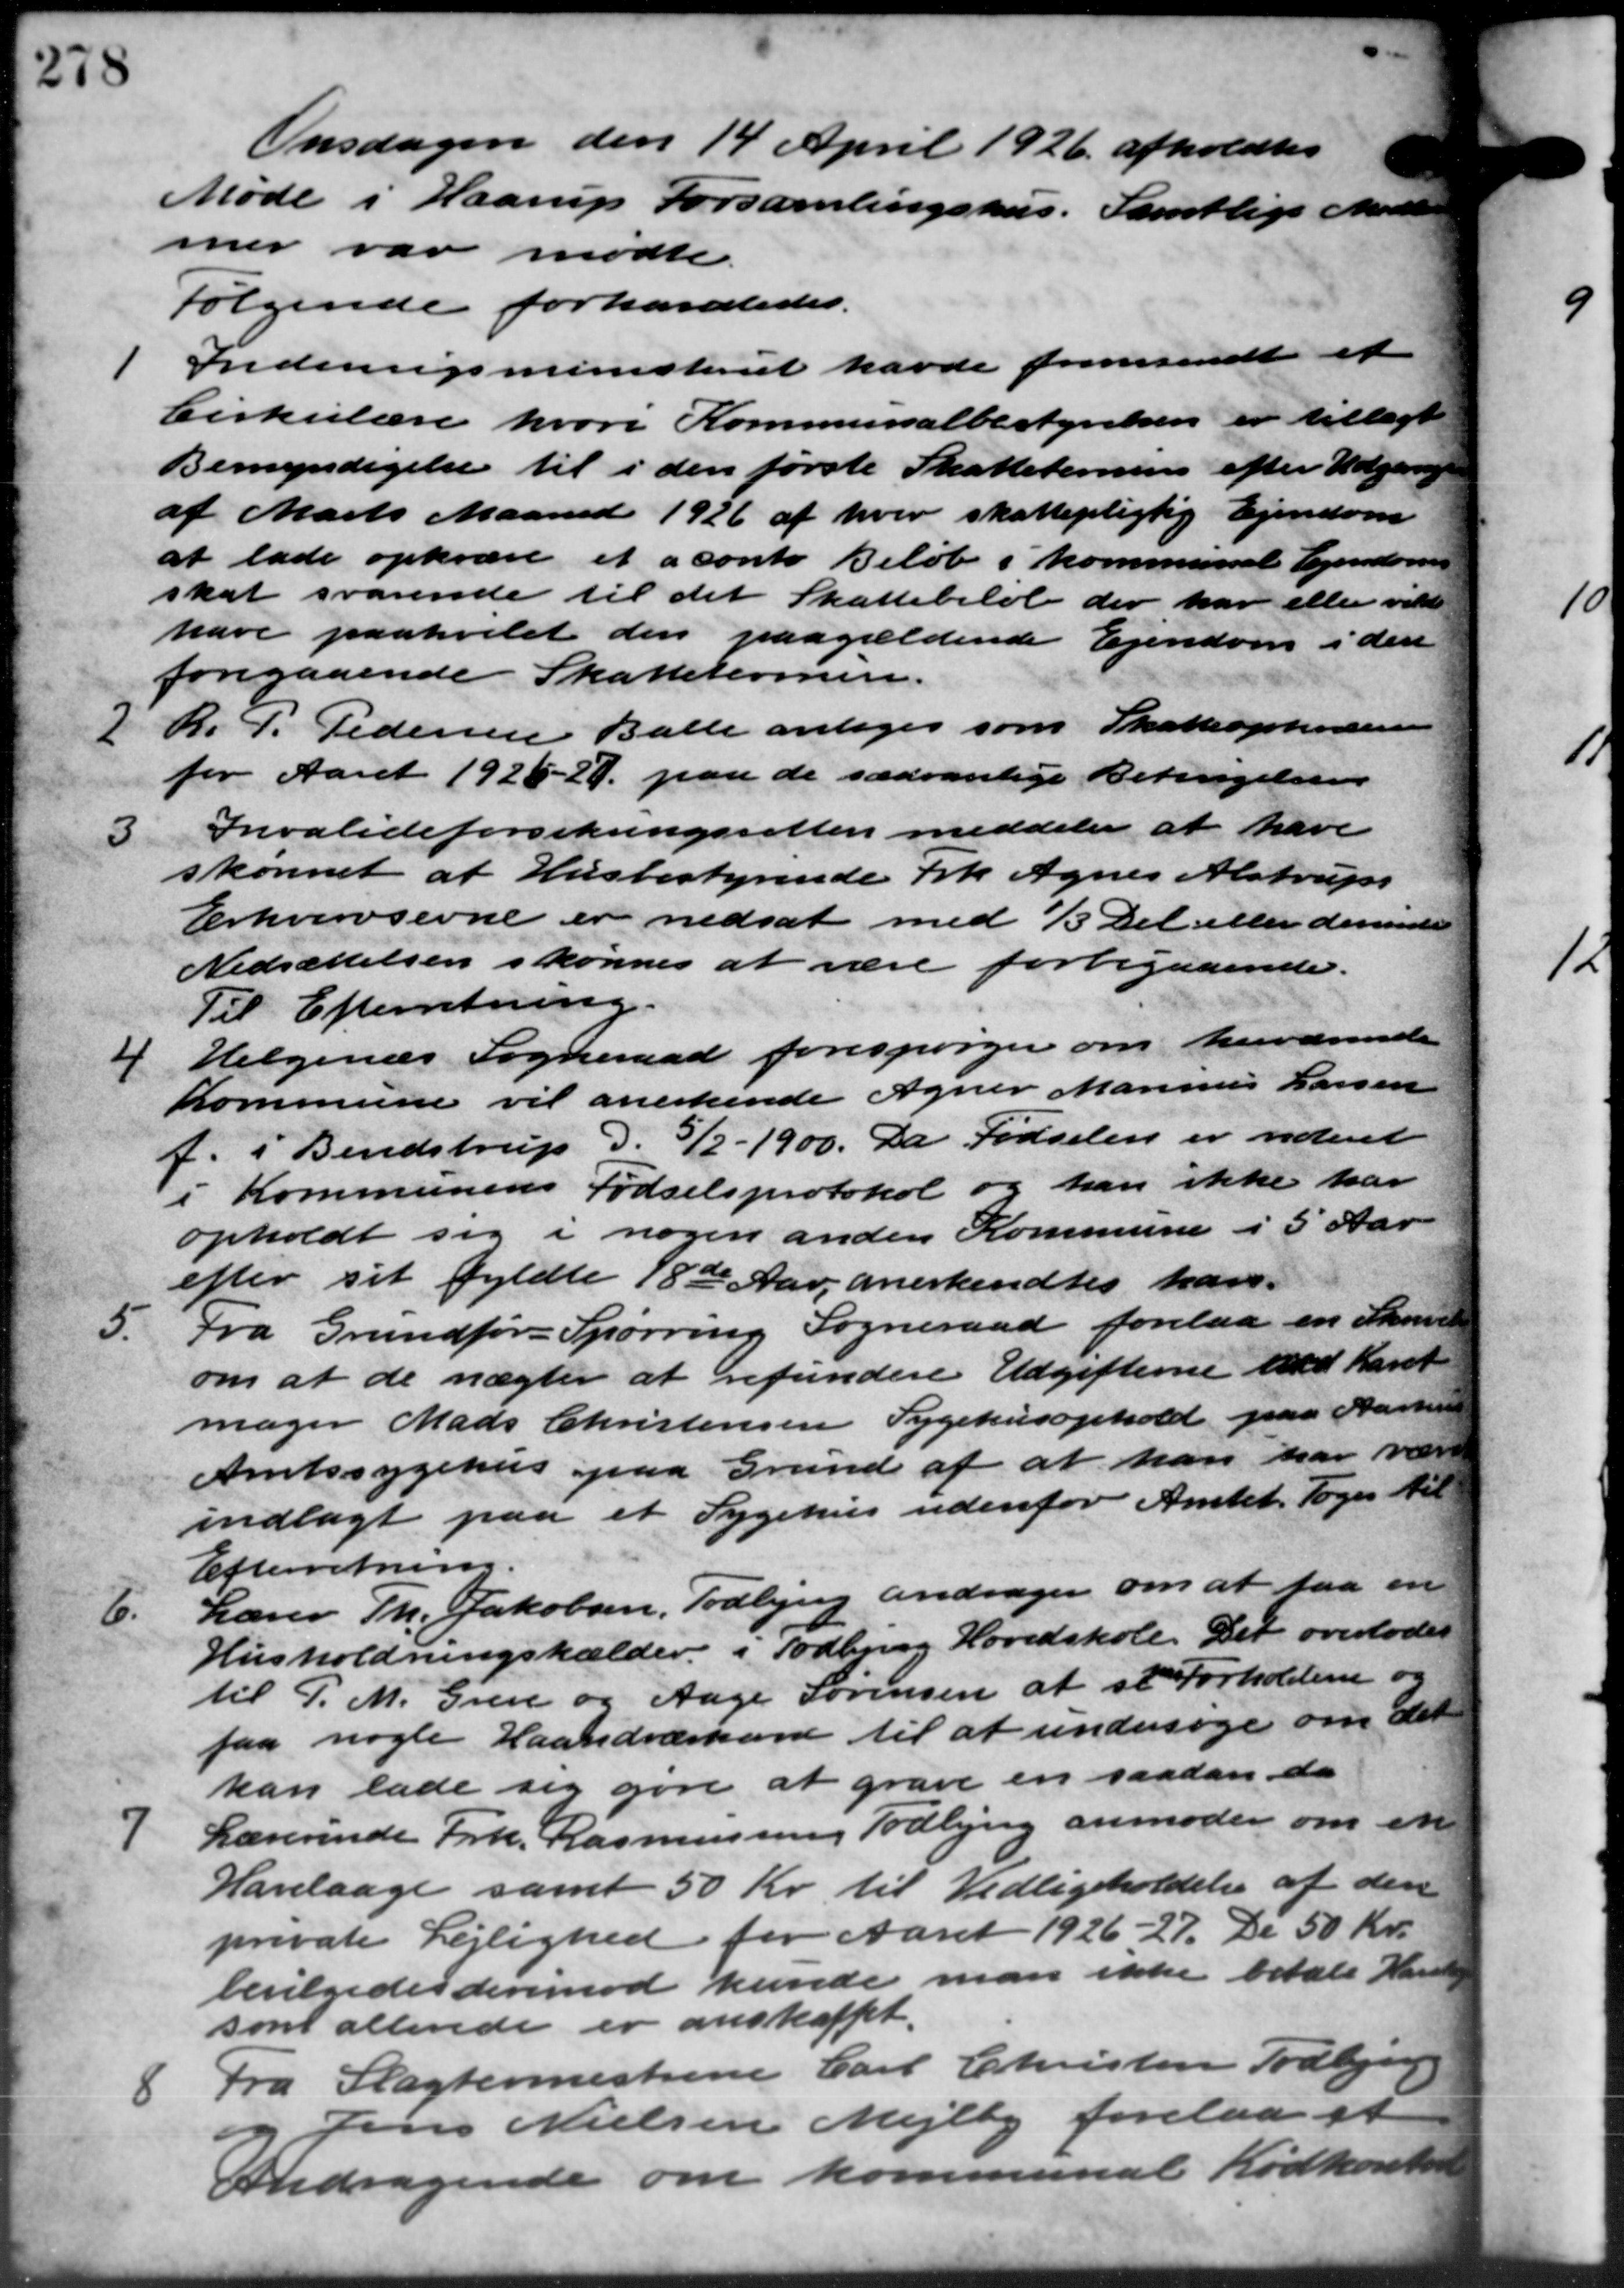
Transskription:
Onsdagen den 14 April 1926 afholdtes
Møde i Haarup Forsamlingshus. Samtlige Medle
mer var mødte
Følgende forhandledes.
Indenrigsministeriet havde fremsendtes et
Indenrigsministeriet havde fremsendtes et
Cirkulære hvori Kommunalbestyrelsen er tillagt
Bemyndigelse til i den første Skattederins efter Udgange
af Marts Maaned 1926 af hver skattepligtig Ejendom
at lade opkræve et a conte Beløb i kommunale Ejendoms
skat svarende til det Skattebeløb der har eller vilde
have paahvilet den paagældende Ejendom i den
foregaaende Skattelonen.

R. P. Pedersen Balle antages som Skatteopkrævere
for Aaret 1926-29 paa de sædvanlige Betingelsen
3
Invalideforsikringsretten meddeler at have
skønnet af Husbestyrende Frk. Agnes Alstrups
Erhvervsevne er nedsat med 1/3 Det eller derunder
Nedsættelsen skønnes at være forbigaaende.
Til Efterretning.
4 Helgenæs Sogneraad forespørger om herværende
4 Helgenæs Sogneraad forespørger om herværende
Kommune vil anerkende Agner Marinus Larsen
f. i Bendstrup d. 3/2 – 1900. Da Fødselen er videret
i Kommunens Fødselsprotokol og han ikke har
opholdt sig i nogen anden Kommune i 5 Aar
efter sit fyldte 18de Aar, anerkendtes hav-
5.
Fra Grundfør-Spørring Sogneraad forelaa en Skrivelse
om at de nægter at refundere Udgifterne ved Karet
mager Mads Christensen Sygehusophold paa Aarhus
Amtssygehus paa Grund af at han har være
indlagt paa et Sygehus udenfor Amtet. Toges til
Efterretning.
6.
Lærer Th. Jakobsen, Todbjerg andrager om at faa en
Husholdningskælder i Todbjerg Hovedskole. Det overlodes
til P. M. Greve og Aage Sørensen at se Forholdene og
faa nogle Haandværkard til at undersøge om det
kan lade sig gøre at grave en saadan da
7
Lærerinde Frk. Rasmussen, Todbjerg anmoder om en
Hanelaage samt 50 Kr. til Vedligeholdelse af den
private Lejlighed for Aaret 1926 - 27. De 50 Kr.
bevilgedes derimod kunde man ikke betale Hans
som allerede er anskaffet.
8 Fra Slagtermestrine Carl Christensen Todbjerg
8 Fra Slagtermestrine Carl Christensen Todbjerg
Jens Nielsen Mejlby forelaa et
Andragende om kommunal Kødkontore